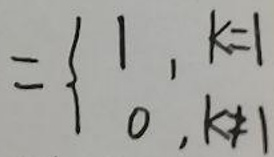
$= \begin{cases}
1, & k = 1 \\
0, & k \neq 1
\end{cases}$